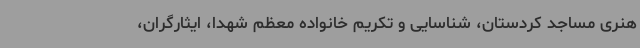
هنری مساجد کردستان، شناسایی و تکریم خانواده معظم شهدا، ایثارگران،